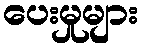
ပေးမှုများ